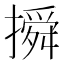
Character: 𰔦